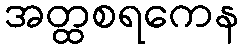
အတ္ထစရကေန